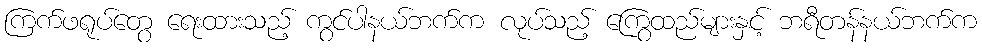
ကြက်ဖရုပ်တွေ ရေးထားသည့် ကွင်ပါနယ်ဘက်က လုပ်သည့် ကြွေထည်များနှင့် ဘရီတန်နယ်ဘက်က